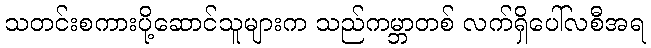
သတင်းစကားပို့ဆောင်သူများက သည်ကမ္ဘာတစ် လက်ရှိပေါ်လစီအရ